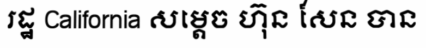
រដ្ឋ California សម្តេច ហ៊ុន សែន បាន